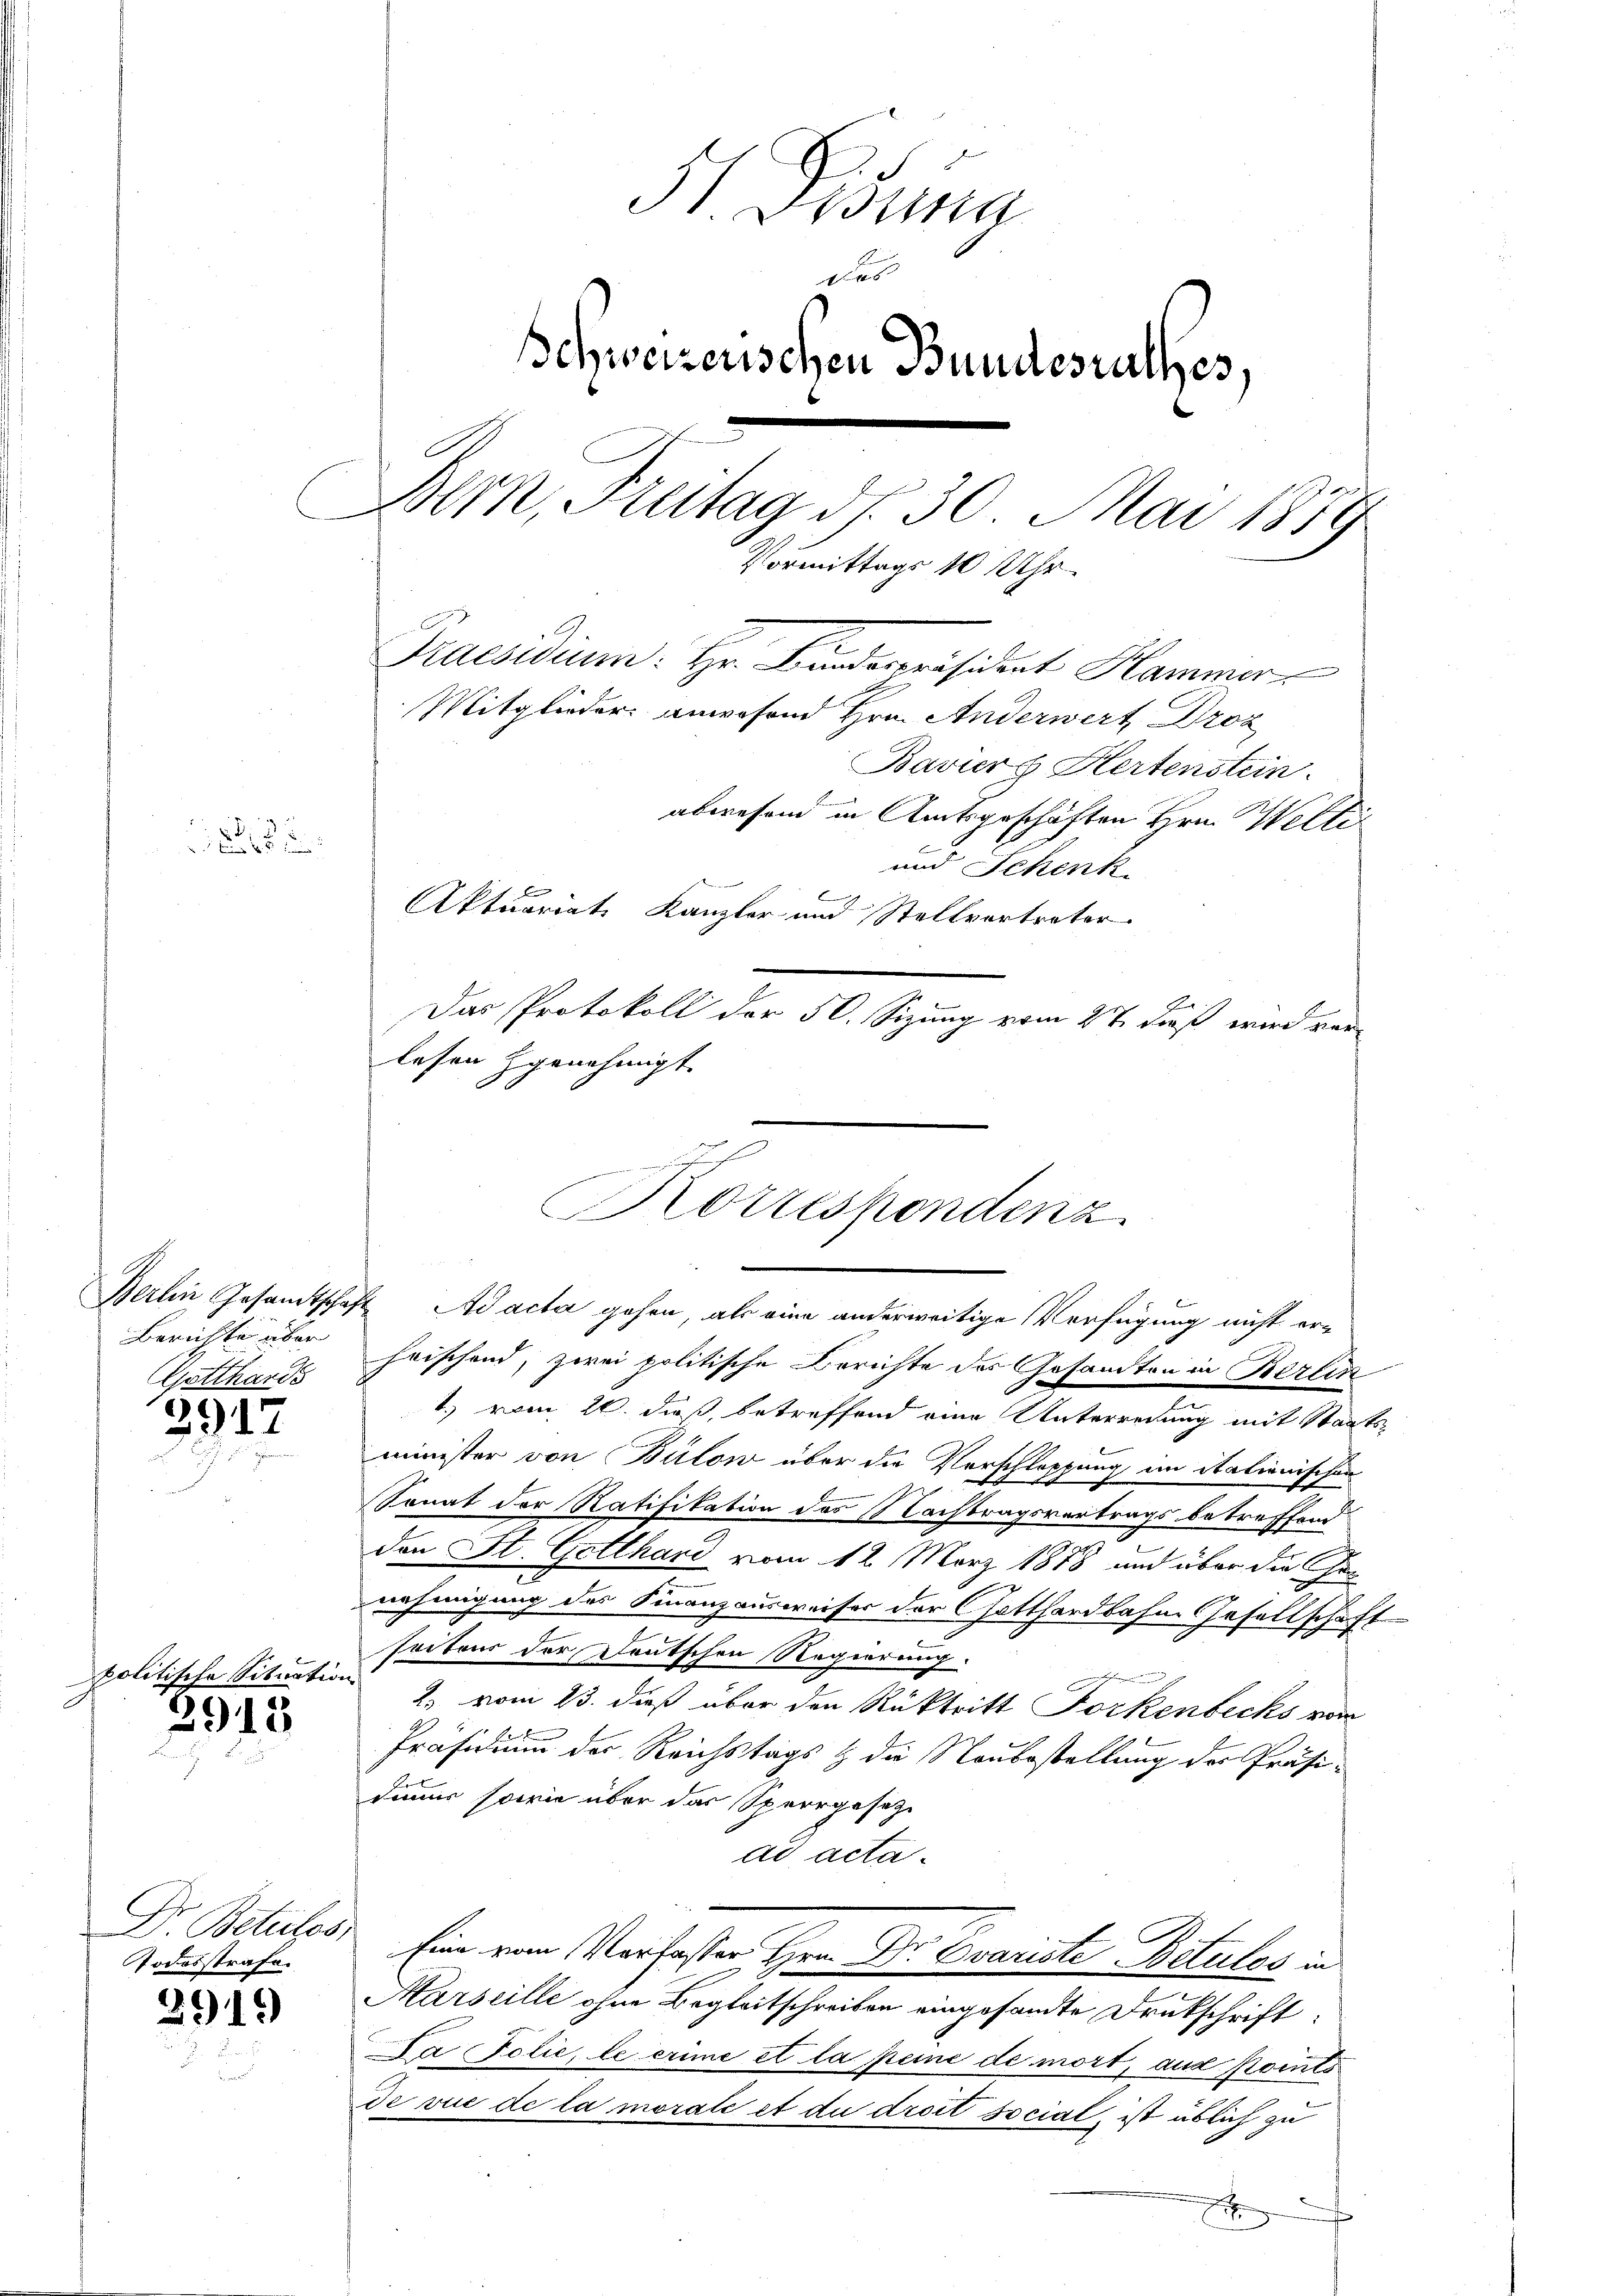
Berichte über
(Gotthards

2947

politische Situation

2913.

Dr. Betretes,
Todesstrafe.

2919

Pisung
d
Schweizerischen Bundesrathes,
.
Bern, Freitag d. 30. Mai 1879
Vormittags 10 Uhr.
Praesidium. Hr. Bundespräsident Hammer
Mitglieder anwesend Hrn. Anderwert Droz
Baviers Hertenstein
abwesend in Amtsgeschäften Hrn. Welti

und Schenk
Aktuariat Kanzler und Stellvertreter
b
Das Protokoll der 50. Sizung vom 2t dieß wird verlesen genehmigt.
heischend, zwei politische Berichte des Gesandten in Berlin
.
1.) vom 20. dieß, betreffend eine Unterredung mit Staatsminister von Bülow über die Verkloppe
uug im Stationischen
2
Sonat der Ratifikation des Nachtragsvertrags betreffend
den St. Gotthard vom 12. März 1888 und über die Genehmigung des Finanzausweiser der Gotthardbahne Gesellschaft
seitens der Teutschen Regierung
2. vom 23. dieß über den Rücktritt Forkenbecks vom
Präsidium der Reichstags & die Raubestellung der Präsidimir sowie über das Sperrgesetz
ad acta.
Eine vom Verfasser Hrn. Dr Evariste Betulos in
Marseille ohne Begleitschreiben eingesandte Drukschrift:
a Felić, le crime et la peine de mort, aus Points
de vue de la morate et du droit social, ist üblich zu
¬
x

x
Korrespondenz
Berlin Gesandtschaft Ad acta gehen, als eine anderweitige Verfügung nicht er-